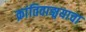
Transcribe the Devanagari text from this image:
क्रांतिवाङ्मयाचा